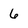
Character: 6